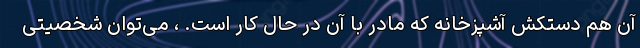
آن هم دستکش آشپزخانه که مادر با آن در حال کار است. ، می‌توان شخصیتی